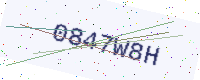
Text: 0847W8H